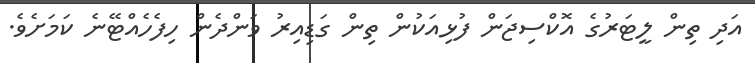
އަދި ތިން ލީޓަރުގެ އޮކްސިޖަން ފުޅިއަކުން ތިން ގަޑިއިރު ވަންދެން ހިފެހެއްޓޭނެ ކަމަށެވެ.